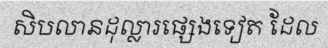
សិបលានដុល្លារផ្សេងទៀត ដែល